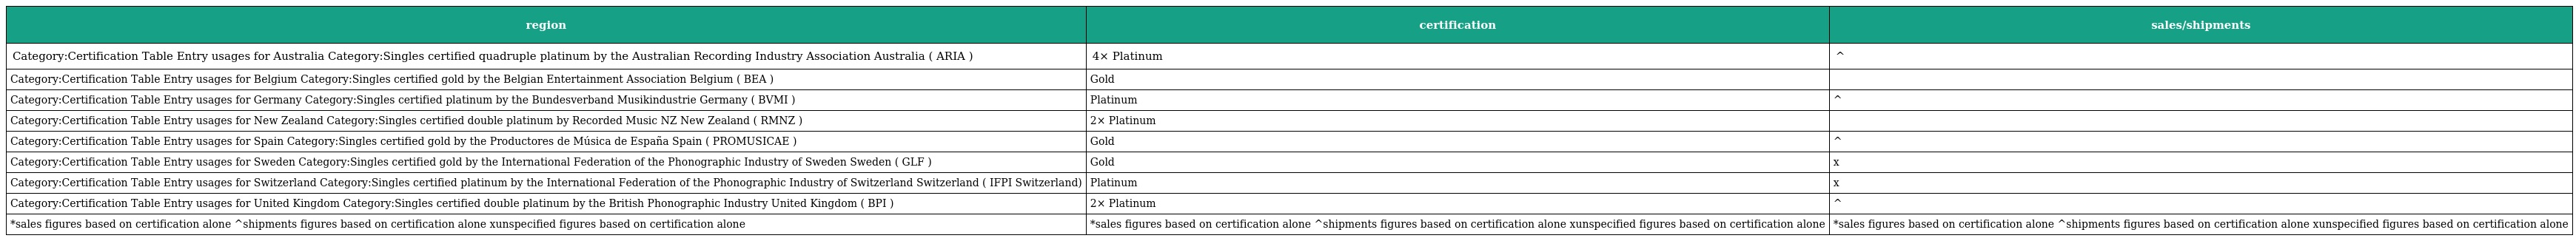
| region | certification | sales/shipments |
 | --- | --- | --- |
 | Category:Certification Table Entry usages for Australia Category:Singles certified quadruple platinum by the Australian Recording Industry Association Australia ( ARIA ) | 4× Platinum | ^ |
 | Category:Certification Table Entry usages for Belgium Category:Singles certified gold by the Belgian Entertainment Association Belgium ( BEA ) | Gold |  |
 | Category:Certification Table Entry usages for Germany Category:Singles certified platinum by the Bundesverband Musikindustrie Germany ( BVMI ) | Platinum | ^ |
 | Category:Certification Table Entry usages for New Zealand Category:Singles certified double platinum by Recorded Music NZ New Zealand ( RMNZ ) | 2× Platinum |  |
 | Category:Certification Table Entry usages for Spain Category:Singles certified gold by the Productores de Música de España Spain ( PROMUSICAE ) | Gold | ^ |
 | Category:Certification Table Entry usages for Sweden Category:Singles certified gold by the International Federation of the Phonographic Industry of Sweden Sweden ( GLF ) | Gold | x |
 | Category:Certification Table Entry usages for Switzerland Category:Singles certified platinum by the International Federation of the Phonographic Industry of Switzerland Switzerland ( IFPI Switzerland) | Platinum | x |
 | Category:Certification Table Entry usages for United Kingdom Category:Singles certified double platinum by the British Phonographic Industry United Kingdom ( BPI ) | 2× Platinum | ^ |
 | *sales figures based on certification alone ^shipments figures based on certification alone xunspecified figures based on certification alone | *sales figures based on certification alone ^shipments figures based on certification alone xunspecified figures based on certification alone | *sales figures based on certification alone ^shipments figures based on certification alone xunspecified figures based on certification alone |